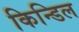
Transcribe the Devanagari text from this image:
किन्डिल